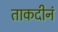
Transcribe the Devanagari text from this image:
ताकदीनं